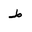
Letter: _da